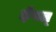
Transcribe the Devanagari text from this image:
ईषत्‌